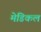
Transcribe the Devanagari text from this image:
मेडिकल